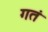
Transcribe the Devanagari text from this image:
गतं